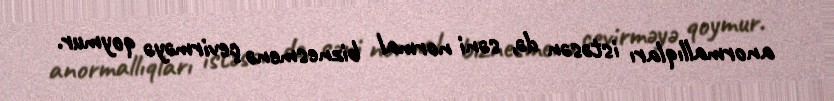
anormallıqları istəsən də, səni normal biznesmenə çevirməyə qoymur.